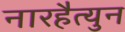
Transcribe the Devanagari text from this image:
नारहैत्युन